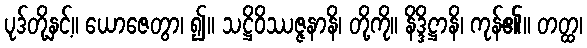
ပုဒ်တို့နှင့်။ ယောဇေတွာ၊ ၍။ သဋ္ဌိဝိဿဇ္ဇနာနိ၊ တို့ကို။ နိဒ္ဒိဋ္ဌာနိ၊ ကုန်၏။ တတ္ထ၊